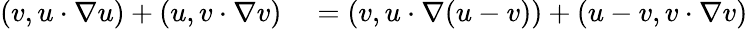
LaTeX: \begin{array}{rl}{(v,u\cdot\nabla u)+(u,v\cdot\nabla v)}&{{}=(v,u\cdot\nabla(u-v))+(u-v,v\cdot\nabla v)}\end{array}